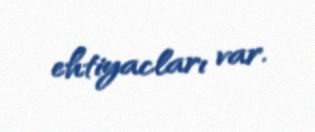
ehtiyacları var.